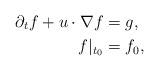
LaTeX: \begin{align*}\partial_t f + u\cdot \nabla f &=g,\\ f|_{t_0}&=f_0,\end{align*}